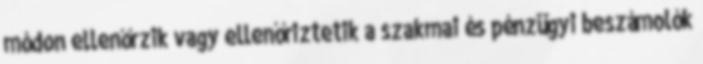
módon ellenőrzik vagy ellenőriztetik a szakmai és pénzügyi beszámolók